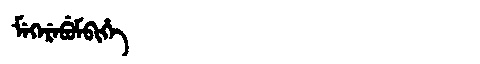
Manchu: ᠮᡝᡴᡝᡵᡝᠪᡠᠮᠪᡳᡥᡝ
Romanization: MEKEREBUMBIHE